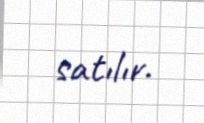
satılır.